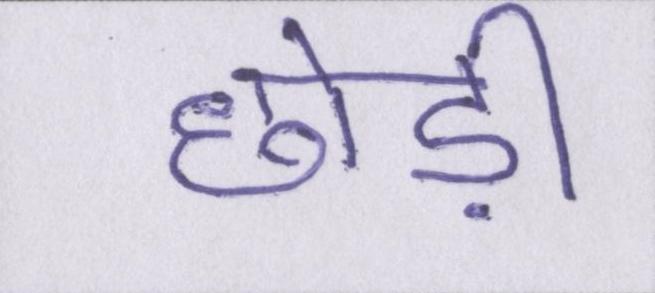
छोड़ी